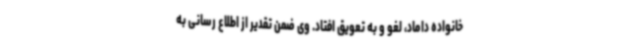
خانواده داماد، لغو و به تعویق افتاد. وی ضمن تقدیر از اطلاع رسانی به